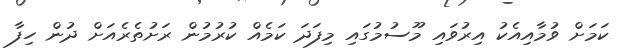
ކަމަށް ވުމާއިއެކު އިރުވައި މޫސުމުގައި މިފަދަ ކަމެއް ކުރުމުން ރަށުތެރެއަށް ދުން ހިފާ